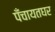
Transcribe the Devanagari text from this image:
पँचायतघर